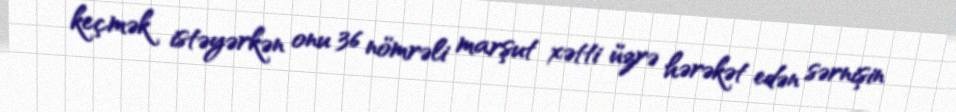
keçmək istəyərkən onu 36 nömrəli marşut xətti üzrə hərəkət edən sərnişin